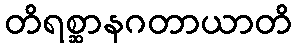
တိရစ္ဆာနဂတာယာတိ